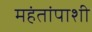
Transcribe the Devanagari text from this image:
महंतांपाशी